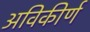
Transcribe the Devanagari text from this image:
अविकीर्ण